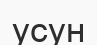
усун